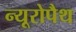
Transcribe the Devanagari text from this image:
न्यूरोपैथ